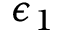
\epsilon _ { 1 }